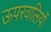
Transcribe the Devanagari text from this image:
ऊपरवालियों